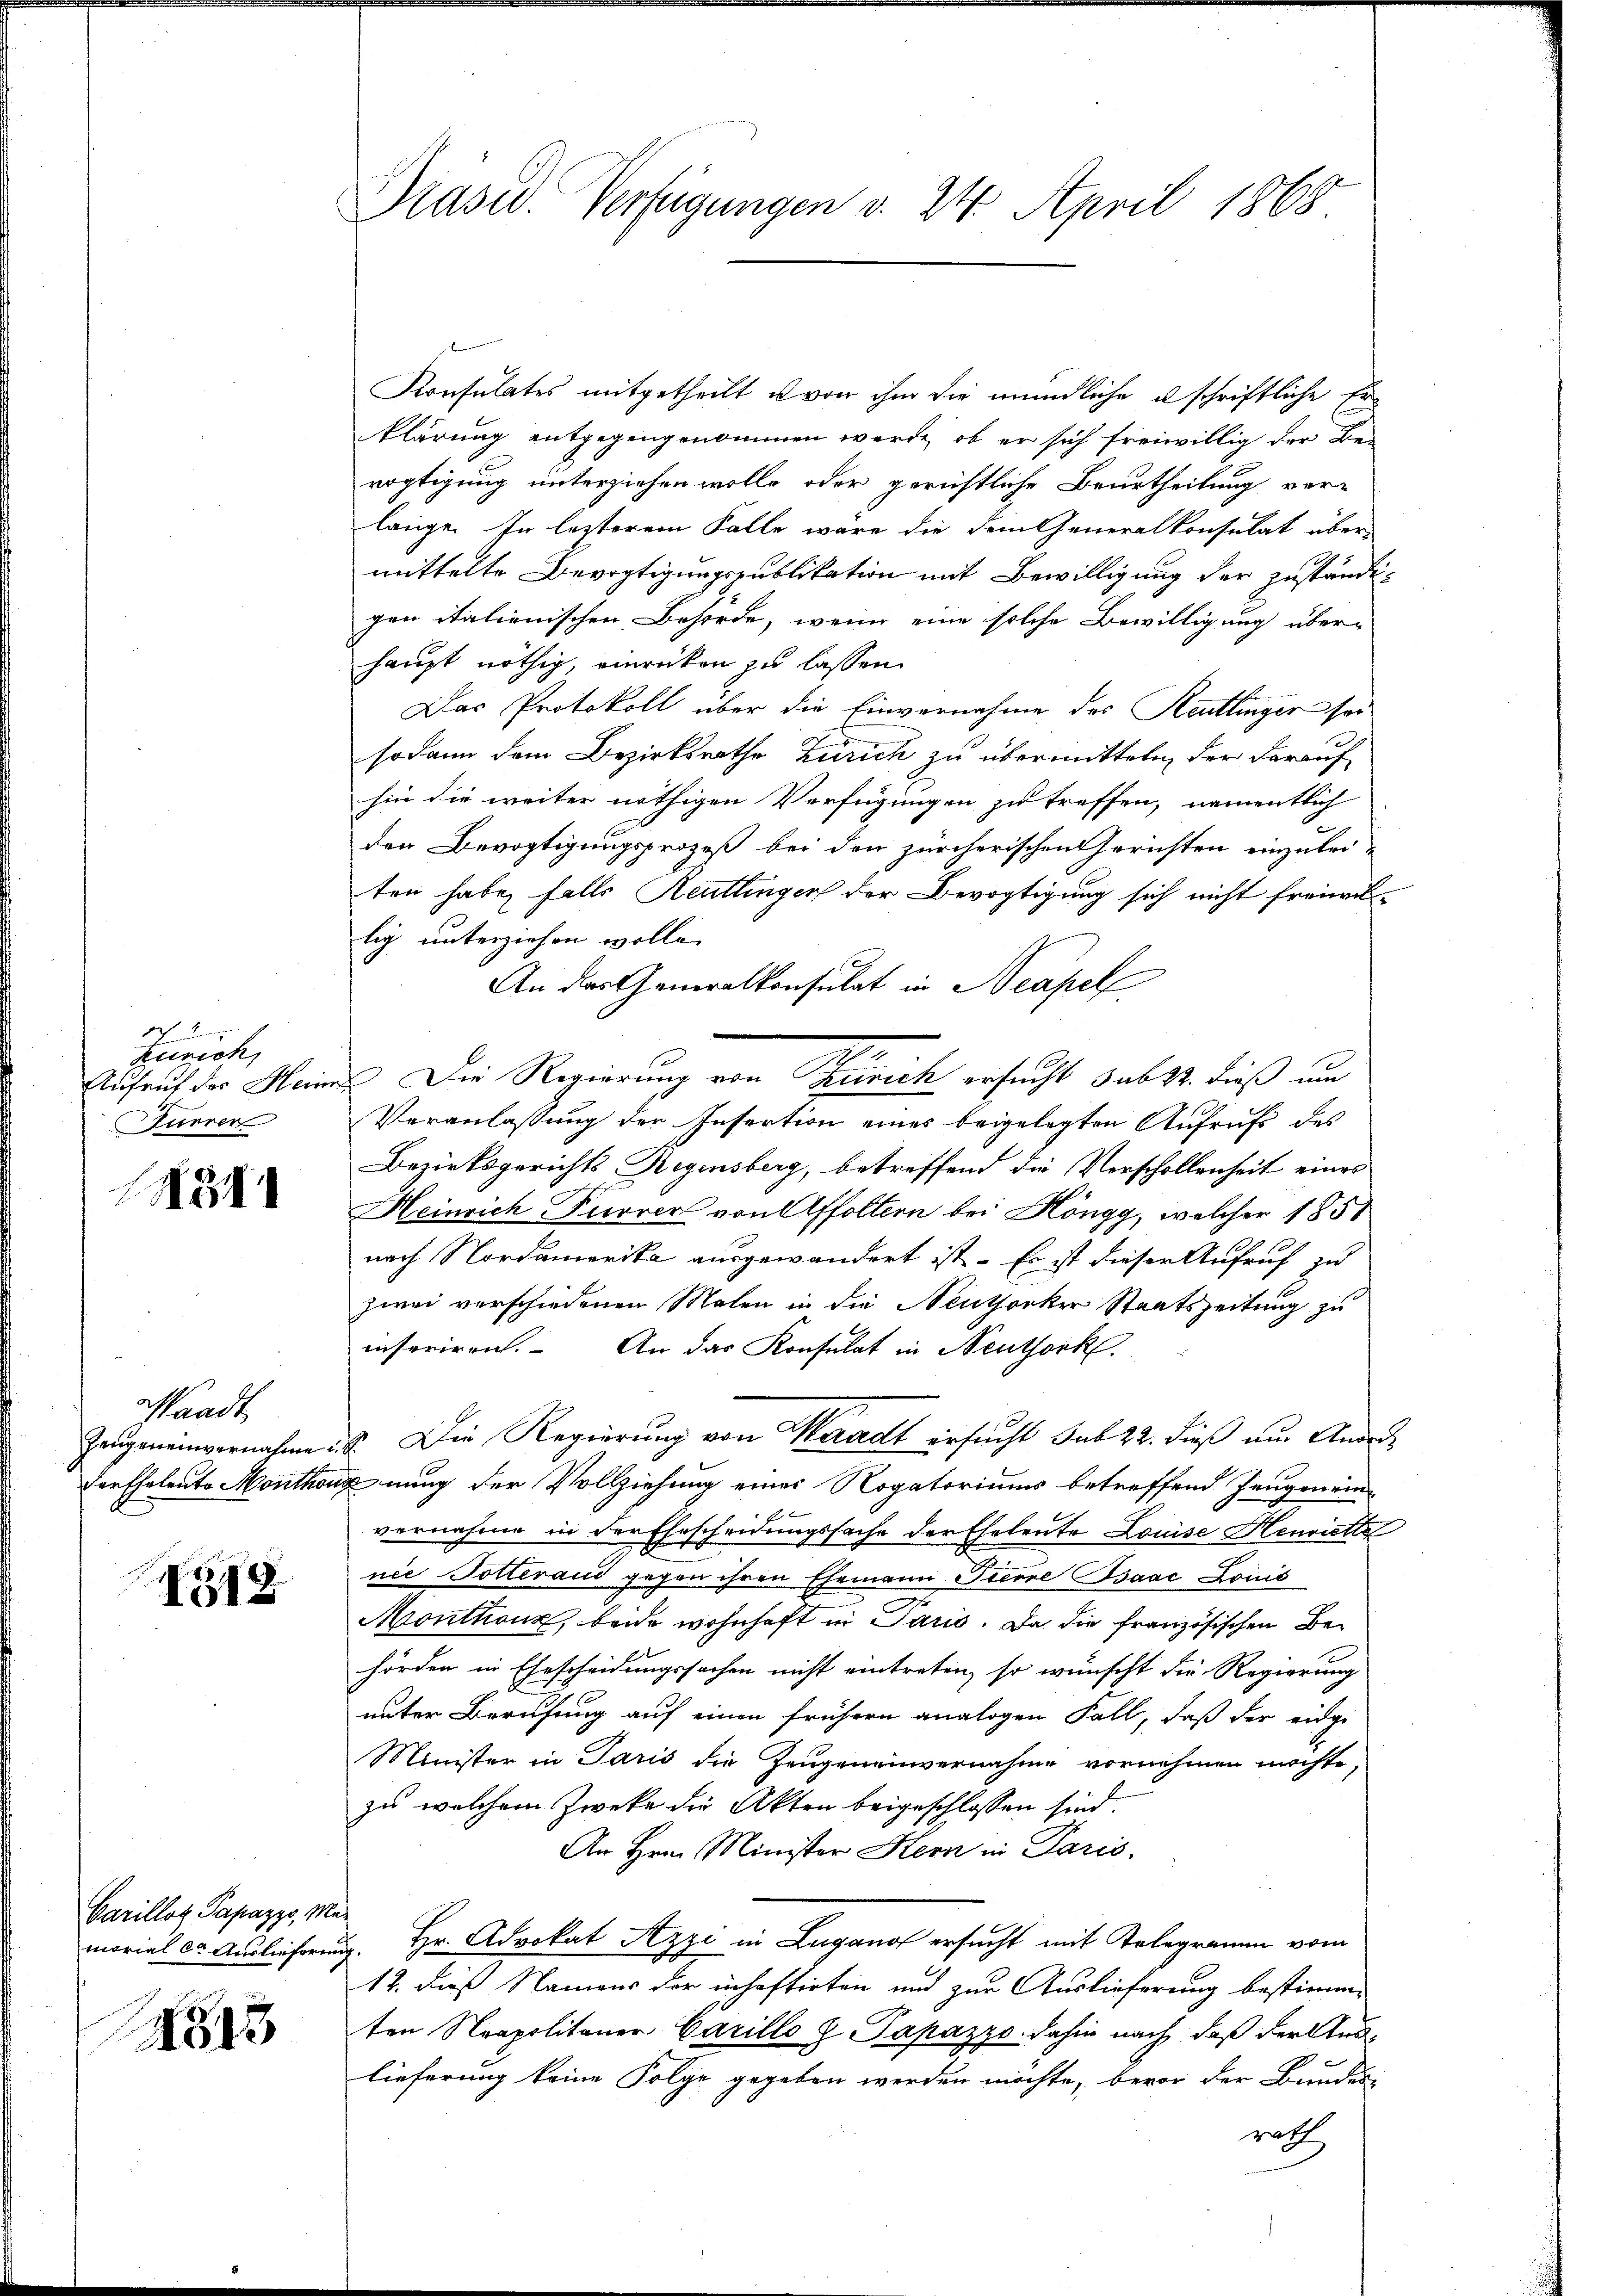
1
Kerrich,
Aufruf des Heim
Furrer

3

Waadt
Zeugeneinvernahme i
der Ehelento Monthon

49

Varillot Papazzo, Mus

1813

Präsid. Verfügungen v. 24. April 1868

Konsulates mitgetheilt es von ihm die mündliche u schriftliche Erklärung entgegengenommen werde, ob er sich freiwillig der Be-
vogtigung unterziehen wolle, oder gerichtliche Beurtheilung ver-
lange. In letzterem Falle wäre die dem Generalkonsulat über-
mittelte Bevogtigungspublikation mit Bewilligung der zuständigen italienischen Behörde, wenn eine solche Bewilligung überhaupt nöthig, einrücken zu lassen.
Das Protokoll über die Einvernahme des Reutlinger sei
sodann dem Bezirksrathe Zürich zu übermitteln der darauf
hin die weiter nöthigen Verfügungen zu treffen, namentlich
den Bevogtigungsprozeß bei den zürcherischen Gerichten einzubeiten habe, falls Reutlinger der Bevogtigung sich nicht freiwillig unterziehen wolle.
An das Generalkonsulat in Neapel
u. Die Regierung von Schrich ersucht sub 27. dieß um
Veranlassung der Insertion eines beigelegten Aufrufs des
Bezirksgerichts Regensberg, betreffend die Verschollenheit eines
Heinrich Furrer von Affoltern bei Höngg, welcher 1851
nach Nordamerika ausgewandert ist. Es ist diesen Aufruf zu
zwei verschiedenen Malen in die Neuthorker Staatszeitung zu
inferiren. An das Konsulat in Neuthork
a. Die Regierung von Waadt ersucht sub 22. dieß nur Anordnung der Vollziehung eines Rogatoriums betreffend Zeugenein-
vernahme in der Ehescheidungssache der Eheleute Louise Henriette
nie Potterand gegen ihren Ehemann Fierre Bsaac Louis
Monthonz, beide wohnhaft in Paris. Da die französischen Behörden in Ehescheidungssachen nicht eintreten, so wünscht die Regierung
unter Berufung auf einen frühern analogen Fall, daß der eidge
Minister in Paris die Zeugeneinvernahme vornehmen möchte,
zu welchem Zwecke die Akten beigeschlossen sind.
An Hrn. Minister Hern in Paris.
morial da Auslieferung. Hr. Advokat Azzi in Lugano ersucht mit Telegramm vom
12. Dieß Namens der inhaftirten und zur Auslieferung bestimmten Neapolitaner Carillo H. Papazzo, dahin nach, daß der Aus-
lieferung keine Folge gegeben werden möchte, bevor der Bundes
rath